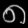
Digit: ၈